Subject: cs
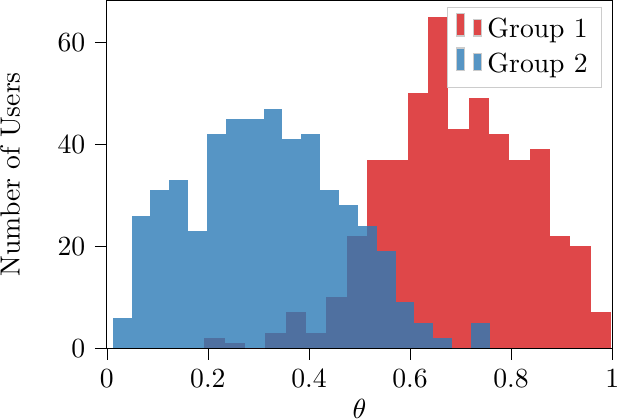
LaTeX code:
\begin{tikzpicture}

\definecolor{color0}{rgb}{0.843137254901961,0.0980392156862745,0.109803921568627}
\definecolor{color1}{rgb}{0.172549019607843,0.482352941176471,0.713725490196078}

\begin{axis}[
height=6cm,
width=8cm,
legend cell align={left},
legend style={fill opacity=0.8, draw opacity=1, text opacity=1, draw=white!80!black},
tick align=outside,
tick pos=left,
x grid style={white!69.0196078431373!black},
xmin=0, xmax=1,
xtick style={color=black},
y grid style={white!69.0196078431373!black},
ymin=0, ymax=68.25,
ylabel={Number of Users},
xlabel={$\theta$},
ytick style={color=black},
]
\draw[draw=none,fill=color0,fill opacity=0.8] (axis cs:0.192781920195074,0) rectangle (axis cs:0.233046067001822,2);
\addlegendimage{ybar,ybar legend,draw=none,fill=color0,fill opacity=0.8};
\addlegendentry{Group 1}

\draw[draw=none,fill=color0,fill opacity=0.8] (axis cs:0.233046067001822,0) rectangle (axis cs:0.273310213808569,1);
\draw[draw=none,fill=color0,fill opacity=0.8] (axis cs:0.273310213808569,0) rectangle (axis cs:0.313574360615316,0);
\draw[draw=none,fill=color0,fill opacity=0.8] (axis cs:0.313574360615316,0) rectangle (axis cs:0.353838507422063,3);
\draw[draw=none,fill=color0,fill opacity=0.8] (axis cs:0.353838507422063,0) rectangle (axis cs:0.39410265422881,7);
\draw[draw=none,fill=color0,fill opacity=0.8] (axis cs:0.39410265422881,0) rectangle (axis cs:0.434366801035558,3);
\draw[draw=none,fill=color0,fill opacity=0.8] (axis cs:0.434366801035558,0) rectangle (axis cs:0.474630947842305,10);
\draw[draw=none,fill=color0,fill opacity=0.8] (axis cs:0.474630947842305,0) rectangle (axis cs:0.514895094649052,22);
\draw[draw=none,fill=color0,fill opacity=0.8] (axis cs:0.514895094649052,0) rectangle (axis cs:0.555159241455799,37);
\draw[draw=none,fill=color0,fill opacity=0.8] (axis cs:0.555159241455799,0) rectangle (axis cs:0.595423388262546,37);
\draw[draw=none,fill=color0,fill opacity=0.8] (axis cs:0.595423388262546,0) rectangle (axis cs:0.635687535069294,50);
\draw[draw=none,fill=color0,fill opacity=0.8] (axis cs:0.635687535069294,0) rectangle (axis cs:0.675951681876041,65);
\draw[draw=none,fill=color0,fill opacity=0.8] (axis cs:0.675951681876041,0) rectangle (axis cs:0.716215828682788,43);
\draw[draw=none,fill=color0,fill opacity=0.8] (axis cs:0.716215828682788,0) rectangle (axis cs:0.756479975489535,49);
\draw[draw=none,fill=color0,fill opacity=0.8] (axis cs:0.756479975489535,0) rectangle (axis cs:0.796744122296283,42);
\draw[draw=none,fill=color0,fill opacity=0.8] (axis cs:0.796744122296283,0) rectangle (axis cs:0.83700826910303,37);
\draw[draw=none,fill=color0,fill opacity=0.8] (axis cs:0.83700826910303,0) rectangle (axis cs:0.877272415909777,39);
\draw[draw=none,fill=color0,fill opacity=0.8] (axis cs:0.877272415909777,0) rectangle (axis cs:0.917536562716524,22);
\draw[draw=none,fill=color0,fill opacity=0.8] (axis cs:0.917536562716524,0) rectangle (axis cs:0.957800709523271,20);
\draw[draw=none,fill=color0,fill opacity=0.8] (axis cs:0.957800709523271,0) rectangle (axis cs:0.998064856330018,7);
\draw[draw=none,fill=color1,fill opacity=0.8] (axis cs:0.0117855441296537,0) rectangle (axis cs:0.0491027995967672,6);
\addlegendimage{ybar,ybar legend,draw=none,fill=color1,fill opacity=0.8};
\addlegendentry{Group 2}

\draw[draw=none,fill=color1,fill opacity=0.8] (axis cs:0.0491027995967672,0) rectangle (axis cs:0.0864200550638806,26);
\draw[draw=none,fill=color1,fill opacity=0.8] (axis cs:0.0864200550638806,0) rectangle (axis cs:0.123737310530994,31);
\draw[draw=none,fill=color1,fill opacity=0.8] (axis cs:0.123737310530994,0) rectangle (axis cs:0.161054565998108,33);
\draw[draw=none,fill=color1,fill opacity=0.8] (axis cs:0.161054565998108,0) rectangle (axis cs:0.198371821465221,23);
\draw[draw=none,fill=color1,fill opacity=0.8] (axis cs:0.198371821465221,0) rectangle (axis cs:0.235689076932335,42);
\draw[draw=none,fill=color1,fill opacity=0.8] (axis cs:0.235689076932335,0) rectangle (axis cs:0.273006332399448,45);
\draw[draw=none,fill=color1,fill opacity=0.8] (axis cs:0.273006332399448,0) rectangle (axis cs:0.310323587866561,45);
\draw[draw=none,fill=color1,fill opacity=0.8] (axis cs:0.310323587866562,0) rectangle (axis cs:0.347640843333675,47);
\draw[draw=none,fill=color1,fill opacity=0.8] (axis cs:0.347640843333675,0) rectangle (axis cs:0.384958098800788,41);
\draw[draw=none,fill=color1,fill opacity=0.8] (axis cs:0.384958098800788,0) rectangle (axis cs:0.422275354267902,42);
\draw[draw=none,fill=color1,fill opacity=0.8] (axis cs:0.422275354267902,0) rectangle (axis cs:0.459592609735015,31);
\draw[draw=none,fill=color1,fill opacity=0.8] (axis cs:0.459592609735015,0) rectangle (axis cs:0.496909865202129,28);
\draw[draw=none,fill=color1,fill opacity=0.8] (axis cs:0.496909865202129,0) rectangle (axis cs:0.534227120669242,24);
\draw[draw=none,fill=color1,fill opacity=0.8] (axis cs:0.534227120669242,0) rectangle (axis cs:0.571544376136356,19);
\draw[draw=none,fill=color1,fill opacity=0.8] (axis cs:0.571544376136356,0) rectangle (axis cs:0.608861631603469,9);
\draw[draw=none,fill=color1,fill opacity=0.8] (axis cs:0.608861631603469,0) rectangle (axis cs:0.646178887070583,5);
\draw[draw=none,fill=color1,fill opacity=0.8] (axis cs:0.646178887070583,0) rectangle (axis cs:0.683496142537696,2);
\draw[draw=none,fill=color1,fill opacity=0.8] (axis cs:0.683496142537696,0) rectangle (axis cs:0.72081339800481,0);
\draw[draw=none,fill=color1,fill opacity=0.8] (axis cs:0.72081339800481,0) rectangle (axis cs:0.758130653471923,5);
\end{axis}

\end{tikzpicture}